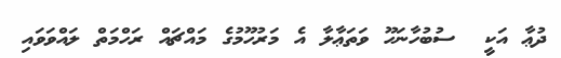
ދުޢާ އަކީ  ސުބުހާނަހޫ ވަތަޢާލާ އެ މަރުހޫމުގެ މައްޗައް ރަހްމަތް ލައްވަވައި